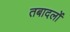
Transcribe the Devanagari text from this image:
तबादलों